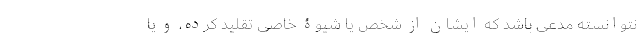
نتوانسته مدعی باشد که ایشان از شخص یا شیوۀ خاصّی تقلید کرده، و یا